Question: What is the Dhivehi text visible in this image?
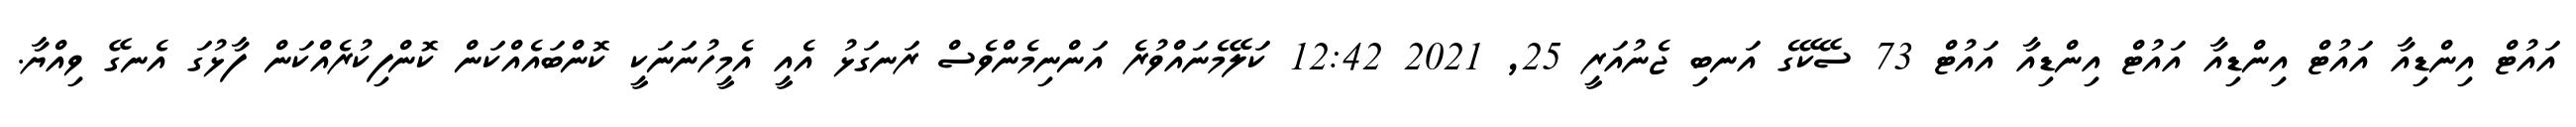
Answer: އައުޓް އިންޑިއާ އައުޓް އިންޑިއާ އައުޓް އިންޑިއާ އައުޓް 73 ސޭކޭގެ އަނބި ޖެނުއަރީ 25, 2021 12:42 ކަލޭމެނައްވުރެ އަންނިމެންވެސް ރަނގަޅު އެއީ އެމީހުނަނަކީ ކޮންބައެއްކަން ކޮންފިކުރެއްކަން ފާޅުގަ އެނގޭ ވިއްޔާ.